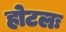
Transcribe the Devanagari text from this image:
होटलः